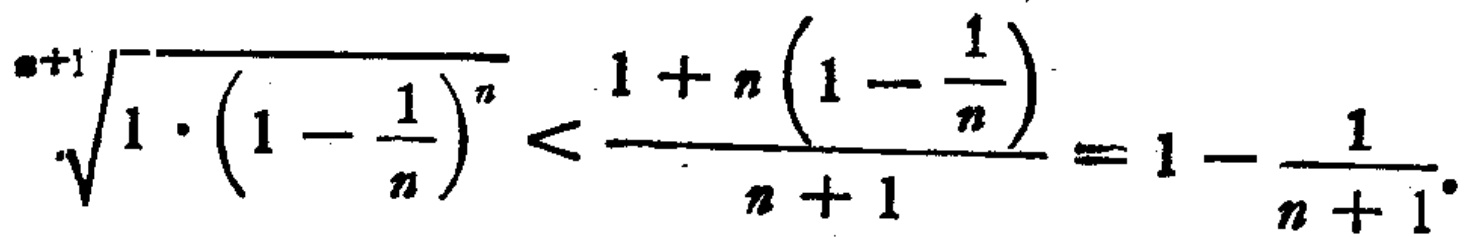
\(\sqrt[n + 1]{1 \cdot \left(1 - \frac{1}{n}\right)^n} < \frac{1 + n\left(1 - \frac{1}{n}\right)}{n + 1} = 1 - \frac{1}{n + 1}\)